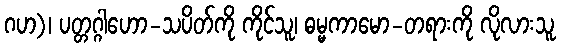
ဂဟ)၊ ပတ္တဂ္ဂါဟော-သပိတ်ကို ကိုင်သူ၊ ဓမ္မကာမော-တရားကို လိုလားသူ